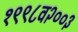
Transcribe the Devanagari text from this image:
१९९८व२००३